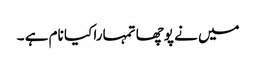
میں نے پوچھا تمہارا کیا نام ہے ۔